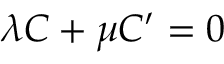
\lambda C + \mu C ^ { \prime } = 0